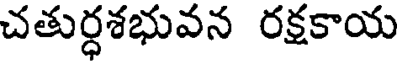
చతుర్ధశభువన రక్షకాయ